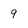
Character: 9